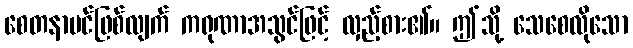
စေတနာပင်ဖြစ်လျက် ကရုဏာအသွင်ဖြင့် လှည့်စား၏။ ဤသို့ သေစေလိုသော